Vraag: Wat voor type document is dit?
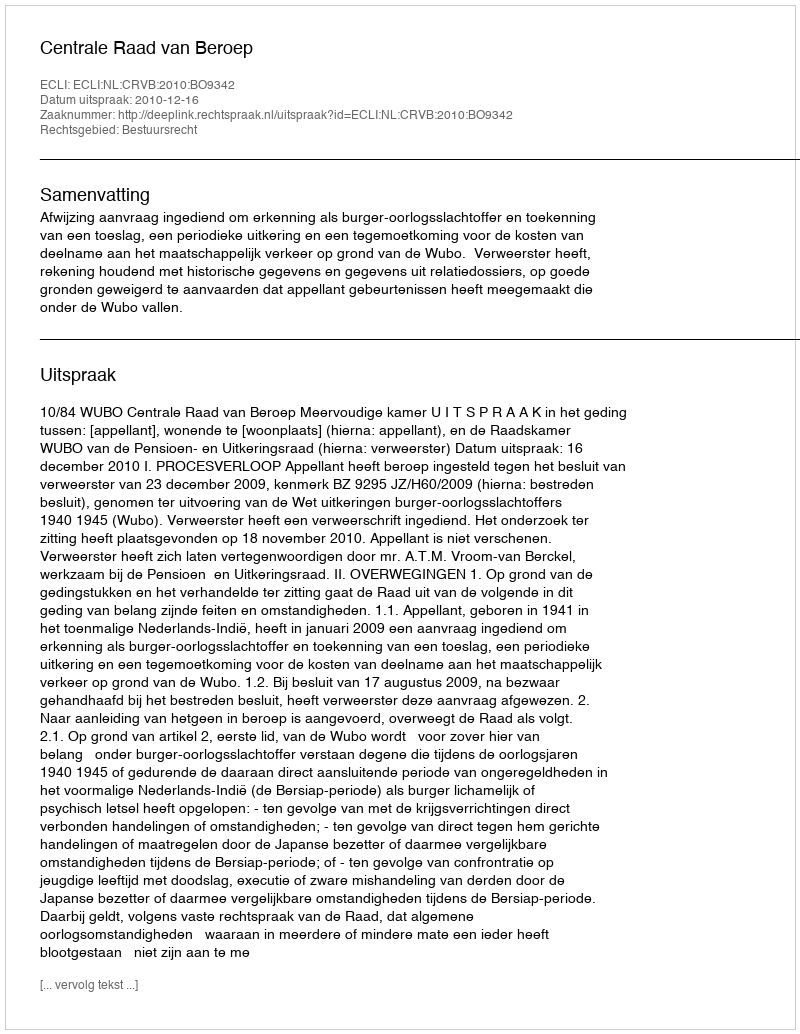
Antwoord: Uitspraak